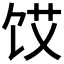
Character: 𮩜